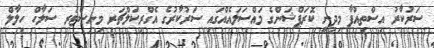
ސަރުކާރު އިސްތިއުފާ މިދިނީ ކޮރަޕްޝަންގެ މައްސަލައެއްގައި ސަރުކާރުގެ އެގްރިކަލްޗަރ މިނިސްޓަރ ސަލާހް ހިލާލް